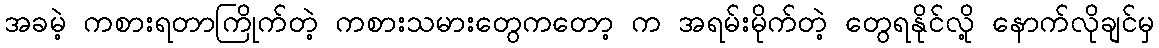
အခမဲ့ ကစားရတာကြိုက်တဲ့ ကစားသမားတွေကတော့ က အရမ်းမိုက်တဲ့ တွေရနိုင်လို့ နောက်လိုချင်မှ